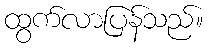
ထွက်လာပြန်သည်။